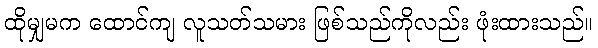
ထိုမျှမက ထောင်ကျ လူသတ်သမား ဖြစ်သည်ကိုလည်း ဖုံးထားသည်။